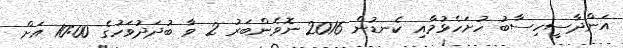
އަންދާސީހިސާބު ހުށަހެޅުމާއި ކެނޑުން 2016 ނޮވެންބަރު 2 ވާ ބުދަދުވަހުގެ 10:00 އަށް